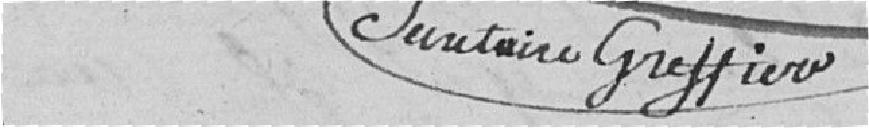
Secrétaire greffier